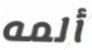
ألمه